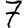
Digit: 7